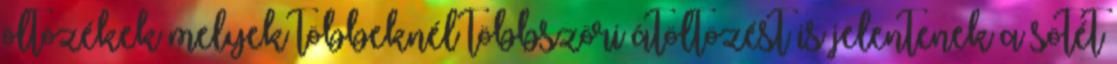
öltözékek melyek többeknél többszöri átöltözést is jelentenek a sötét